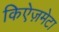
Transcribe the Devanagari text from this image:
किऐज़मेटा